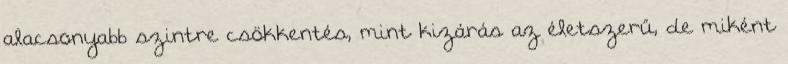
alacsonyabb szintre csökkentés, mint kizárás az életszerű, de miként